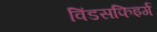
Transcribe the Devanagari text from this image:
विंडसफिइर्ग